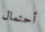
أحتمال